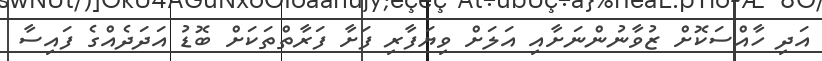
އަދި ހާއްސަކޮށް ޒުވާނުންނަށާއި އަލަށް ވިޔަފާރި ފަށާ ފަރާތްތަކަށް ބޮޑު އަދަދެއްގެ ފައިސާ